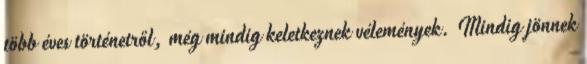
több éves történetről, még mindig keletkeznek vélemények. Mindig jönnek